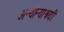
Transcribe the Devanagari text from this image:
अन्योन्याश्रयी